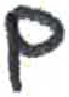
אות: ם